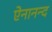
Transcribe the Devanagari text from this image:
ऐनानन्द